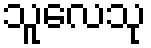
သူလေသု